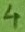
Text: 4